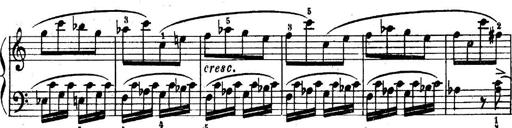
Title: 6 Piano Sonatinas
Composer: Cornelius Gurlitt